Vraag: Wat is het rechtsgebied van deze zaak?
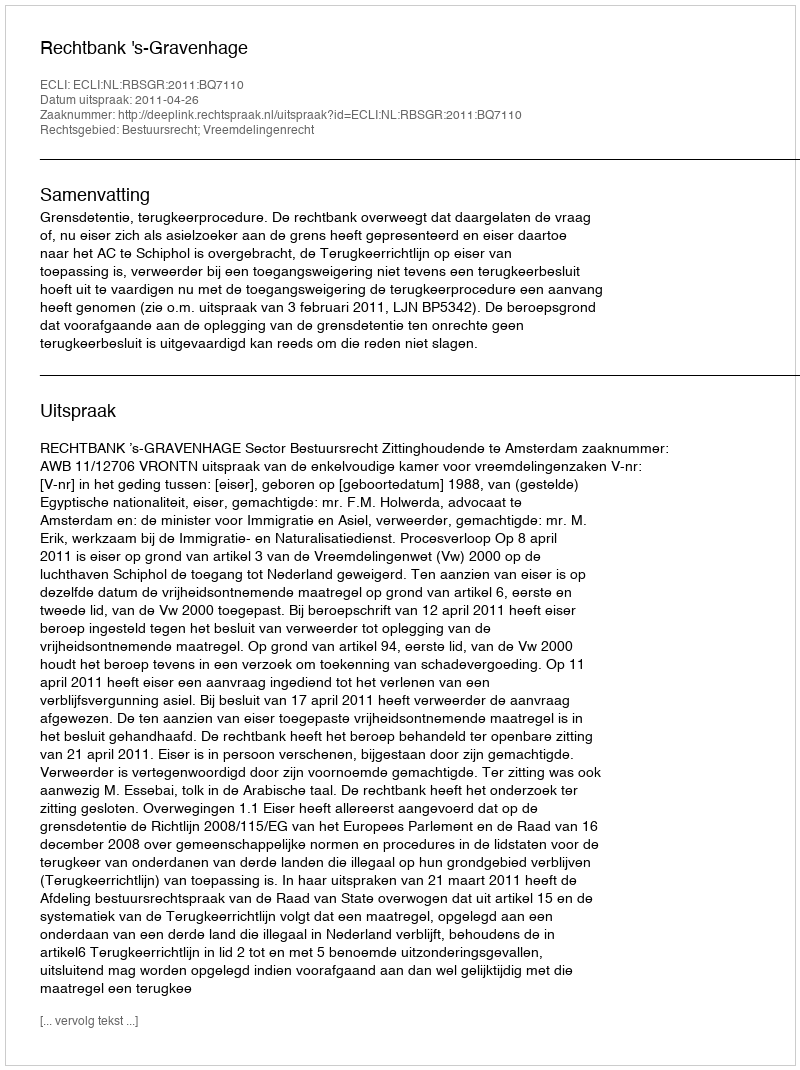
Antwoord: Bestuursrecht; Vreemdelingenrecht